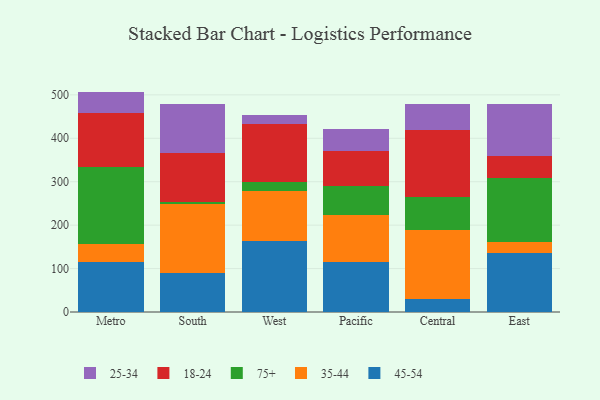
{"axis": {"x": "Region", "y": "Backlog"}, "legend": ["18-24", "25-34", "35-44", "45-54", "75+"], "data": [{"x": "Metro", "y": 114.9, "type": "45-54"}, {"x": "Metro", "y": 40.8, "type": "35-44"}, {"x": "Metro", "y": 177.6, "type": "75+"}, {"x": "Metro", "y": 124.0, "type": "18-24"}, {"x": "Metro", "y": 50.2, "type": "25-34"}, {"x": "South", "y": 90.1, "type": "45-54"}, {"x": "South", "y": 158.4, "type": "35-44"}, {"x": "South", "y": 5.0, "type": "75+"}, {"x": "South", "y": 113.6, "type": "18-24"}, {"x": "South", "y": 111.7, "type": "25-34"}, {"x": "West", "y": 164.4, "type": "45-54"}, {"x": "West", "y": 113.7, "type": "35-44"}, {"x": "West", "y": 22.2, "type": "75+"}, {"x": "West", "y": 132.0, "type": "18-24"}, {"x": "West", "y": 22.0, "type": "25-34"}, {"x": "Pacific", "y": 115.3, "type": "45-54"}, {"x": "Pacific", "y": 108.0, "type": "35-44"}, {"x": "Pacific", "y": 65.8, "type": "75+"}, {"x": "Pacific", "y": 80.9, "type": "18-24"}, {"x": "Pacific", "y": 50.4, "type": "25-34"}, {"x": "Central", "y": 29.0, "type": "45-54"}, {"x": "Central", "y": 160.7, "type": "35-44"}, {"x": "Central", "y": 75.7, "type": "75+"}, {"x": "Central", "y": 154.7, "type": "18-24"}, {"x": "Central", "y": 58.1, "type": "25-34"}, {"x": "East", "y": 135.9, "type": "45-54"}, {"x": "East", "y": 24.9, "type": "35-44"}, {"x": "East", "y": 148.2, "type": "75+"}, {"x": "East", "y": 50.4, "type": "18-24"}, {"x": "East", "y": 120.5, "type": "25-34"}]}